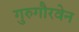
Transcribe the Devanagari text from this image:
गुरुगौरवेन